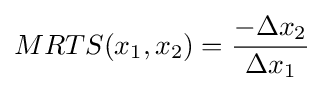
MRTS(x_{1},x_{2})={\frac {-\Delta x_{2}}{\Delta x_{1}}}